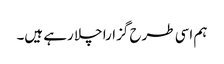
ہم اسی طرح گزارا چلا رہے ہیں۔